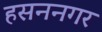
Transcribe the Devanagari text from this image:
हसननगर